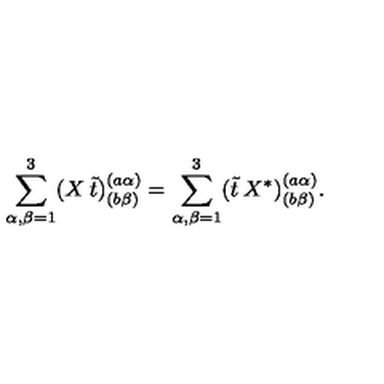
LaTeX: \sum _ { \alpha , \beta = 1 } ^ { 3 } ( X \: \tilde { t } ) _ { ( b \beta ) } ^ { ( a \alpha ) } = \sum _ { \alpha , \beta = 1 } ^ { 3 } ( \tilde { t } \: X ^ { * } ) _ { ( b \beta ) } ^ { ( a \alpha ) } .